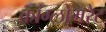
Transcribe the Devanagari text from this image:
कांग्लोमरेट